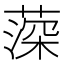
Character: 𦸂